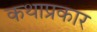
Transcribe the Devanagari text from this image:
कथाप्रकार